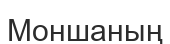
Моншаның